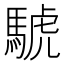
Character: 𫘌